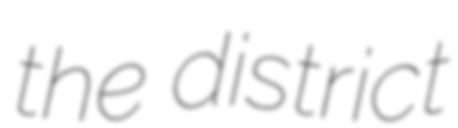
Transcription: the district